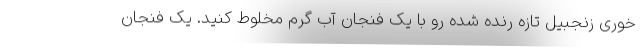
خوری زنجبیل تازه رنده شده رو با یک فنجان آب گرم مخلوط کنید. یک فنجان